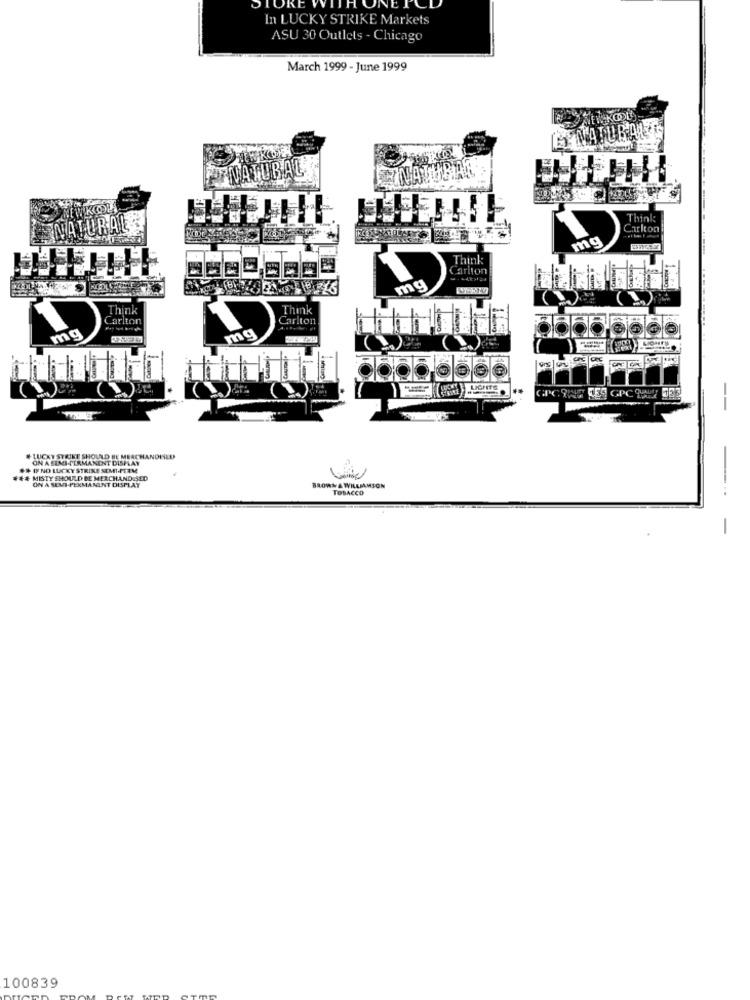
ORE
NEJ
In LUCKY STRIKE Markets
ASU 30 Outlets - Chicago
March 1999 - June 1999
MENKOOL-
LEX NATURALIS
TNATURAL.
Think
Carlton
mg
Think:
Carlton
mg
Think
Think
Carlton
Carlton
----
mg
mg
LIGHTS
CPC ONE KES GPC ET DES
-
# LUCKY STRIKE SHOULD BE MERCHANDISLD
ON A SEMI-PERMANENT DISPLAY
** IF NO LUCKY STRIKE SEMI-PTEM
*** MISTY SHOULD BE MERCHAND SED
ON A SEMI-PERMANENT DISPLAY
BROWN & WILLIAMSON
TOBACCO
-
100839